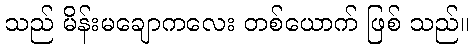
သည် မိန်းမချောကလေး တစ်ယောက် ဖြစ် သည်။